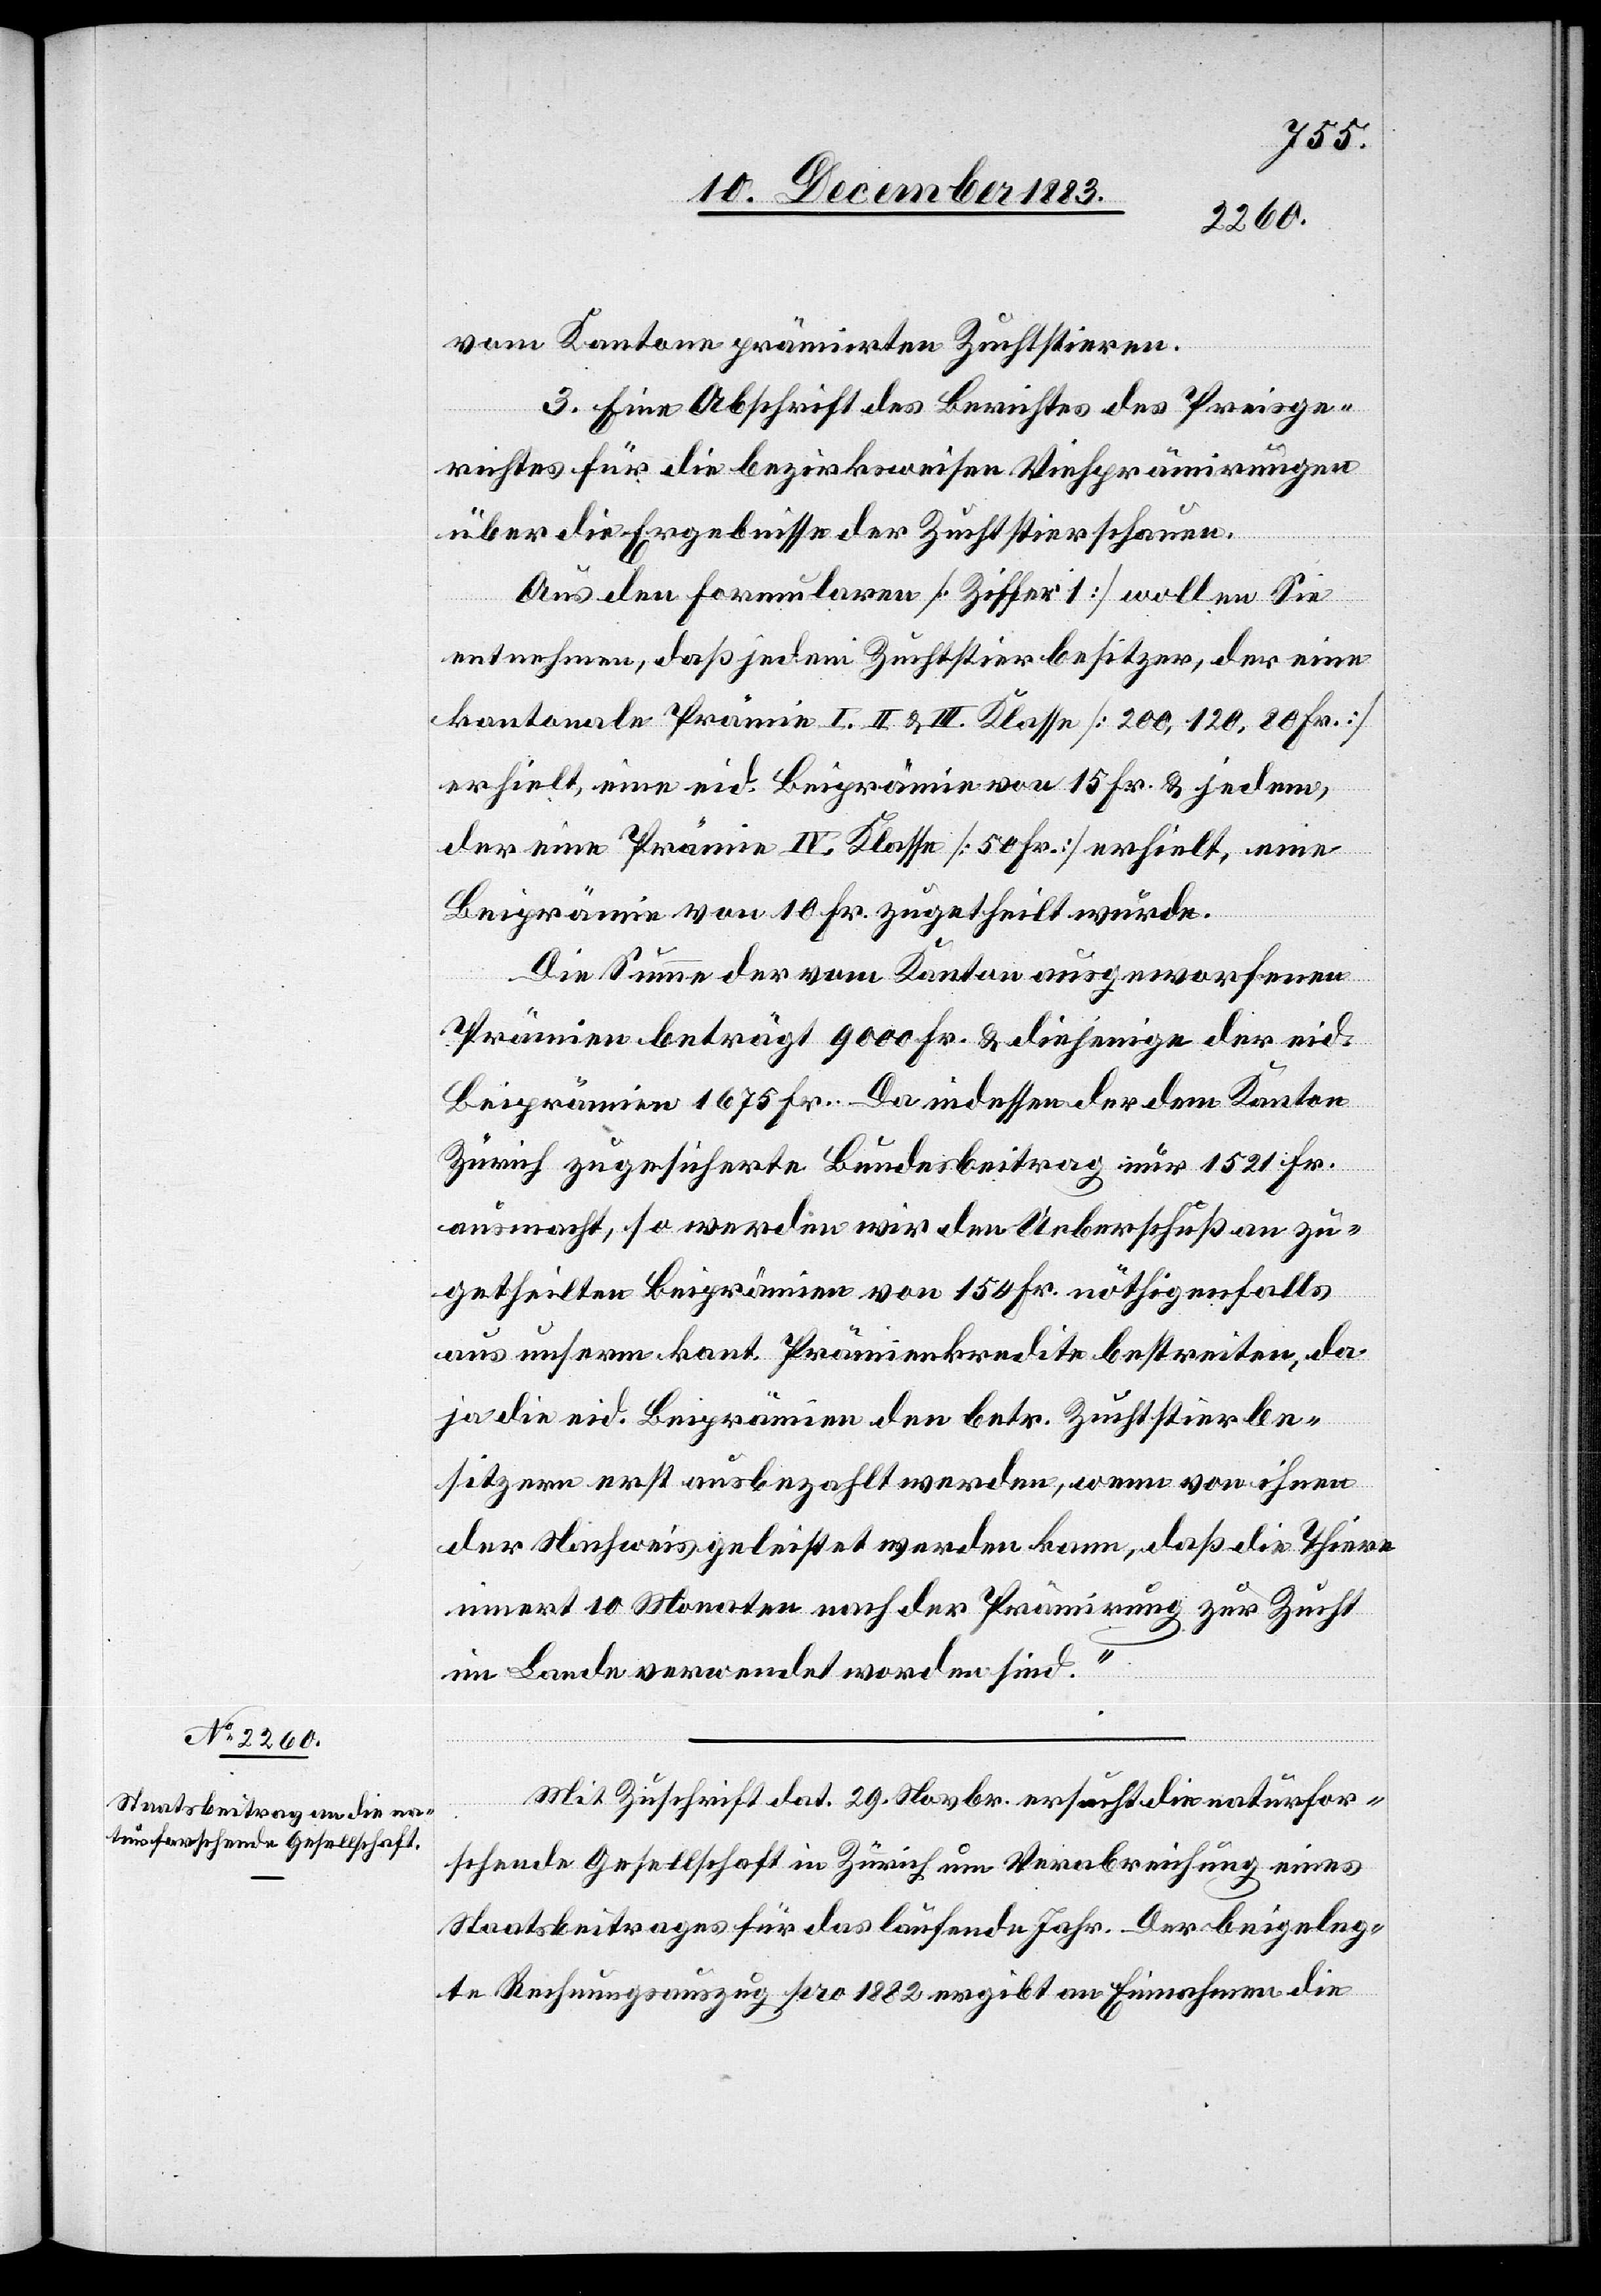
vom Kantone prämirten Zuchtstieren.
3. Eine Abschrift des Berichtes des Preisge¬
richtes für die bezirksweisen Viehprämirungen
über die Ergebnisse der Zuchtstierschauen.
Aus den Formularen [Ziffer 1] wollen Sie
entnehmen, daß jedem Zuchtstierbesitzer, der eine
kantonale Prämie I. II. & III. Klasse [200, 120, 80 Fr.]
erhielt, eine eid. Beiprämie von 15. Fr. & jedem,
der eine Prämie IV. Klasse [50 Fr.] erhielt, eine
Beiprämie von 10 Fr. zugetheilt wurde.
Die Summe der vom Kanton ausgeworfenen
Prämien beträgt 9000 Fr. & diejenige der eid.
Beiprämien 1675 Fr. Da indessen der dem Kanton
Zürich zugesicherte Bundesbeitrag nur 1521 Fr.
ausmacht, so werden wir den Ueberschuß an zu¬
getheilten Beiprämien von 150 Fr. nöthigenfalls
aus unserm kant. Prämienkredite bestreiten, da
ja die eid. Beiprämien den betr. Zuchtstierbe¬
sitzern erst ausbezahlt werden, wenn von ihnen
der Nachweis geleistet werden kann, daß die Thiere
innert 10 Monaten nach der Prämirung zur Zucht
im Lande verwendet worden sind.“
Mit Zuschrift dat. 29. Novbr. ersucht die naturfor¬
schende Gesellschaft in Zürich um Verabreichung eines
Staatsbeitrages für das laufende Jahr. Der beigeleg¬
te Rechnungsauszug pro 1882 ergibt an Einnahmen die